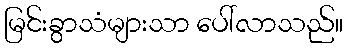
မြင်းခွာသံများသာ ပေါ်လာသည်။